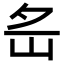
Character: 𡵪